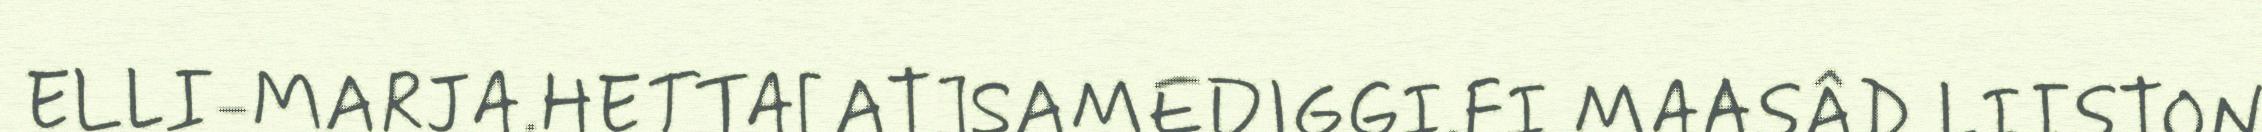
ELLI-MARJA.HETTA[AT]SAMEDIGGI.FI MAASÂD LIISTON